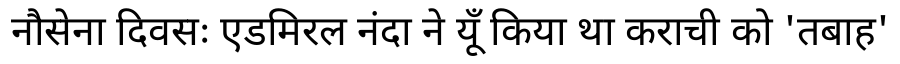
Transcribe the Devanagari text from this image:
नौसेना दिवसः एडमिरल नंदा ने यूँ किया था कराची को 'तबाह'